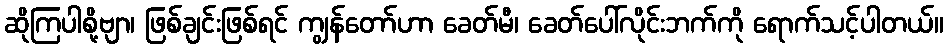
ဆိုကြပါစို့ဗျာ၊ ဖြစ်ချင်းဖြစ်ရင် ကျွန်တော်ဟာ ခေတ်မီ၊ ခေတ်ပေါ်လိုင်းဘက်ကို ရောက်သင့်ပါတယ်။